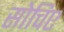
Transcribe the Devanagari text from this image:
सोचिए